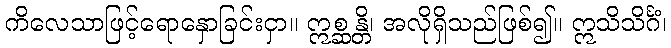
ကိလေသာဖြင့်ရောနှောခြင်းငှာ။ ဣစ္ဆန္တိ၊ အလိုရှိသည်ဖြစ်၍။ ဣသိသိင်္ဂံ၊